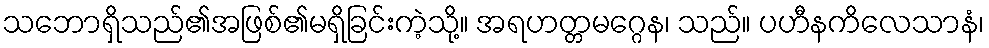
သဘောရှိသည်၏အဖြစ်၏မရှိခြင်းကဲ့သို့။ အရဟတ္တမဂ္ဂေန၊ သည်။ ပဟီနကိလေသာနံ၊